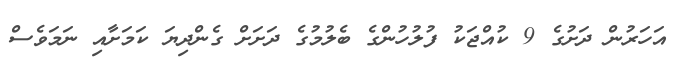
އަހަރުން ދަށުގެ 9 ކުއްޖަކު ފުލުހުންގެ ބެލުމުގެ ދަށަށް ގެންދިޔަ ކަމަށާއި ނަމަވެސް